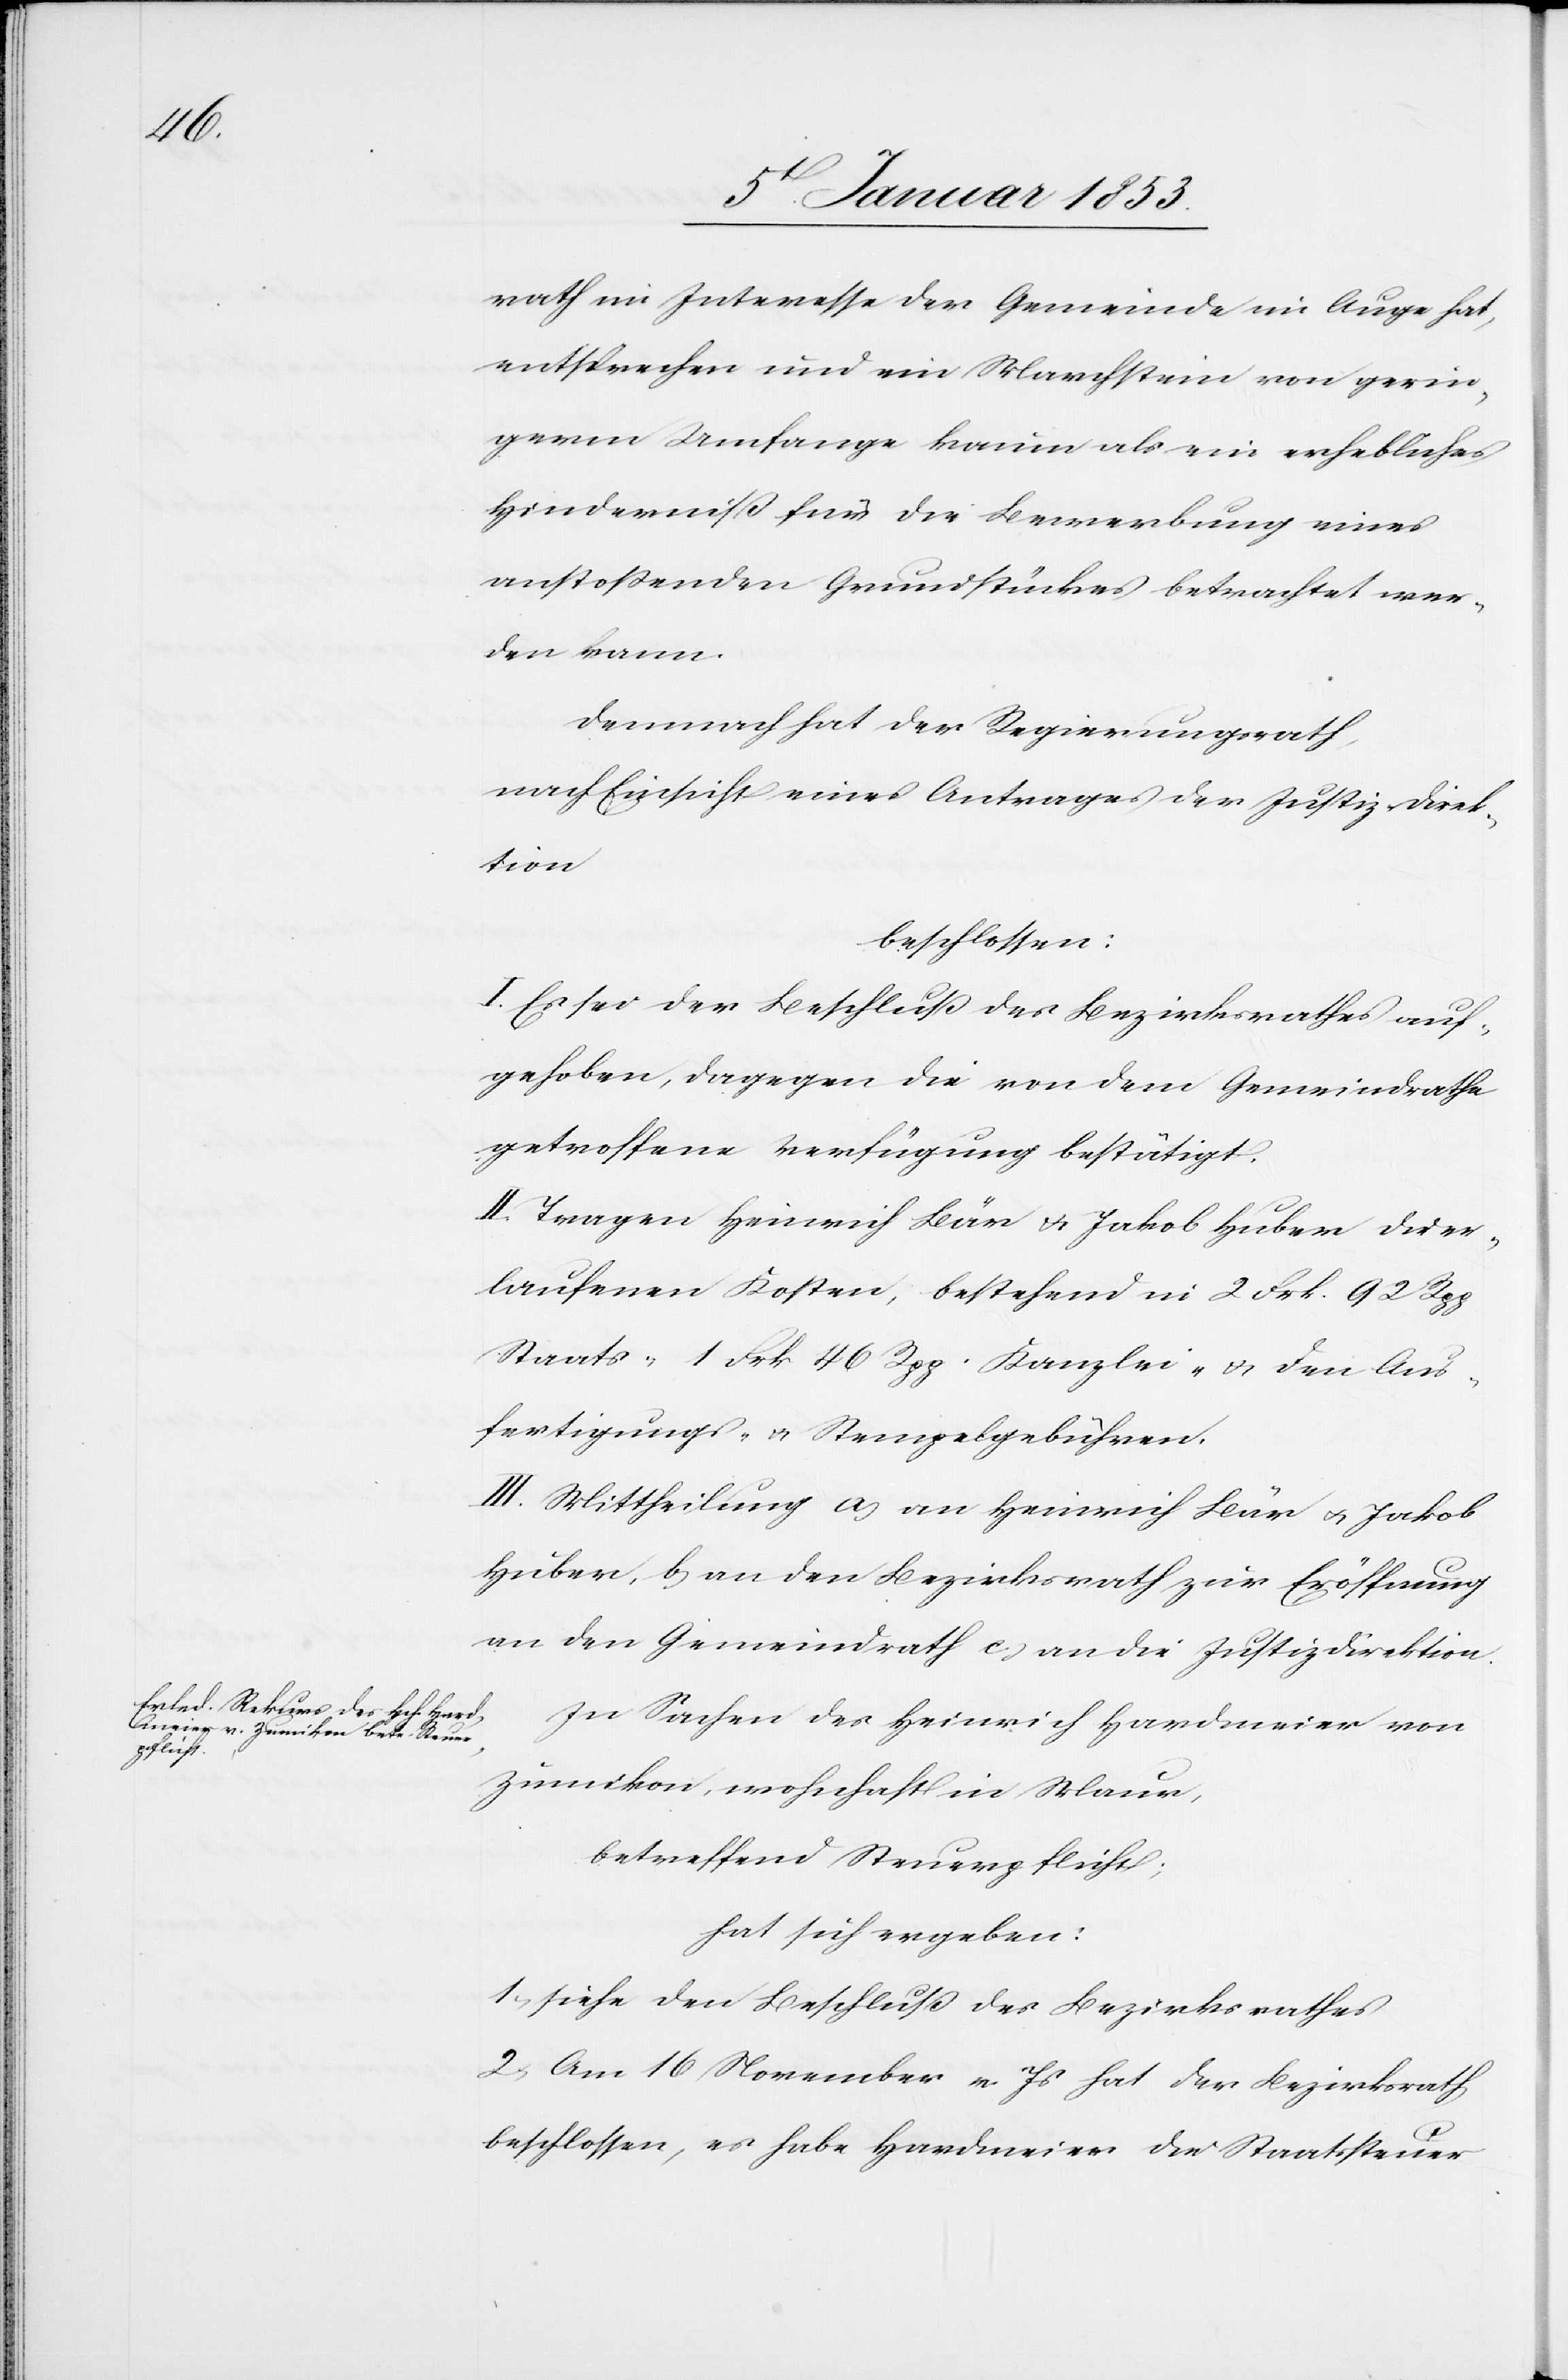
rath im Interesse der Gemeinde im Auge hat,
entsprechen und ein Marchstein von gerin¬
germ Umfange kaum als ein erhebliches
Hinderniß für die Bewerbung eines
anstossenden Grundstückes betrachtet wer¬
den kann.
Demnach hat der Regierungsrath,
nach Einsicht eines Antrages der Justiz-Direk¬
tion
beschlossen:
I. Es sei der Beschluß des Bezirksrathes auf¬
gehoben, dagegen die von dem Gemeindrathe
getroffene Verfügung bestätigt.
II. Tragen Heinrich Bär u. Jakob Huber die er¬
laufenen Kosten, bestehend in 2. Frk. 92 Rpp
Staats- 1 Frk 46 Rpp. Kanzlei- u. den Aus¬
fertigungs- u. Stempelgebühren.
III. Mittheilung a an Heinrich Bär u. Jakob
Huber, b an den Bezirksrath zur Eröffnung
an den Gemeindrath c.) an die Justizdirektion.
In Sachen des Heinrich Hardmeier von
Zumikon, wohnhaft in Maur,
betreffend Steuerpflicht,
hat sich ergeben:
siehe den Beschluß des Bezirkesrathes
Am 16 November v. Js. hat der Bezirksrath
beschlossen, es habe Hardmeier die Staatssteuer